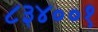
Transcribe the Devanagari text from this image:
८३४००१